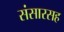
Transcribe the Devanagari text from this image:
संसारसह